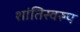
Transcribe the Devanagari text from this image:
शांतिस्वरुप